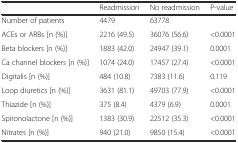
<table><thead><tr><td></td><td><b>Readmission</b></td><td><b>No readmission</b></td><td><b>P-value</b></td></tr></thead><tbody><tr><td>Number of patients</td><td>4479</td><td>63778</td><td></td></tr><tr><td>ACEs or ARBs [n (%)]</td><td>2216 (49.5)</td><td>36076 (56.6)</td><td>&lt;0.0001</td></tr><tr><td>Beta blockers [n (%)]</td><td>1883 (42.0)</td><td>24947 (39.1)</td><td>0.0001</td></tr><tr><td>Ca channel blockers [n (%)]</td><td>1074 (24.0)</td><td>17457 (27.4)</td><td>&lt;0.0001</td></tr><tr><td>Digitalis [n (%)]</td><td>484 (10.8)</td><td>7383 (11.6)</td><td>0.119</td></tr><tr><td>Loop diuretics [n (%)]</td><td>3631 (81.1)</td><td>49703 (77.9)</td><td>&lt;0.0001</td></tr><tr><td>Thiazide [n (%)]</td><td>375 (8.4)</td><td>4379 (6.9)</td><td>0.0001</td></tr><tr><td>Spironolactone [n (%)]</td><td>1383 (30.9)</td><td>22512 (35.3)</td><td>&lt;0.0001</td></tr><tr><td>Nitrates [n (%)]</td><td>940 (21.0)</td><td>9850 (15.4)</td><td>&lt;0.0001</td></tr></tbody></table>